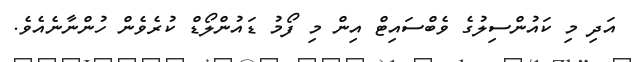
އަދި މި ކައުންސިލުގެ ވެބްސައިޓް އިން މި ފޯމު ޑައުންލޯޑް ކުރެވެން ހުންނާނެއެވެ.